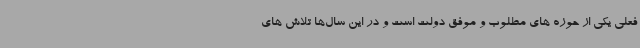
فعلی یکی از حوزه های مطلوب و موفق دولت است و در این سال‌ها تلاش های